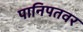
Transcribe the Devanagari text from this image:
पानिपतवर